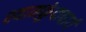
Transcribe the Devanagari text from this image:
श्यामकुंदाचार्य